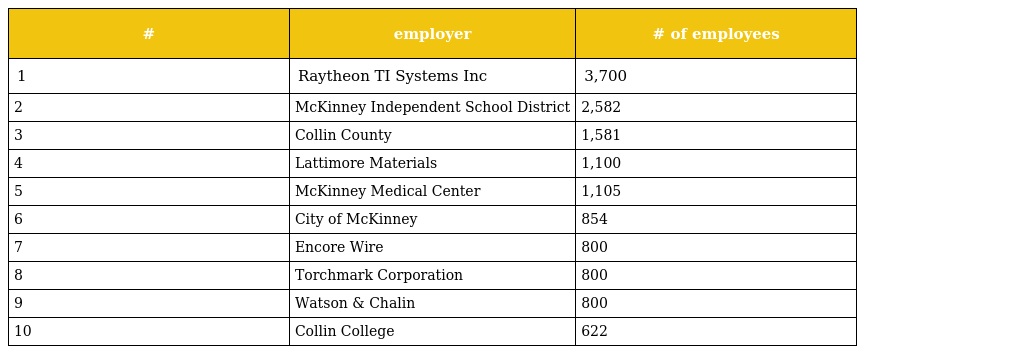
| # | employer | # of employees |
 | --- | --- | --- |
 | 1 | Raytheon TI Systems Inc | 3,700 |
 | 2 | McKinney Independent School District | 2,582 |
 | 3 | Collin County | 1,581 |
 | 4 | Lattimore Materials | 1,100 |
 | 5 | McKinney Medical Center | 1,105 |
 | 6 | City of McKinney | 854 |
 | 7 | Encore Wire | 800 |
 | 8 | Torchmark Corporation | 800 |
 | 9 | Watson & Chalin | 800 |
 | 10 | Collin College | 622 |